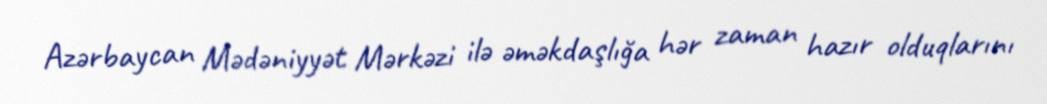
Azərbaycan Mədəniyyət Mərkəzi ilə əməkdaşlığa hər zaman hazır olduqlarını